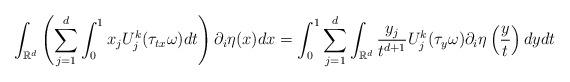
LaTeX: \begin{align*}\int _{\mathbb{R}^d}\left(\sum _{j=1}^d \int _0^1 x_jU_j^k(\tau _{tx}\omega)dt \right)\partial _i \eta (x)dx = \int _0^1\sum _{j=1}^d \int _{\mathbb{R}^d} \frac{y_j}{t^{d+1}}U_j^k(\tau _y\omega)\partial _i \eta \left (\frac{y}{t} \right)dy dt \end{align*}